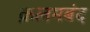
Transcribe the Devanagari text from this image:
क़लमबंद